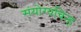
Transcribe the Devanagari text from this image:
संयोग्यचिन्ह